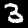
Digit: 3